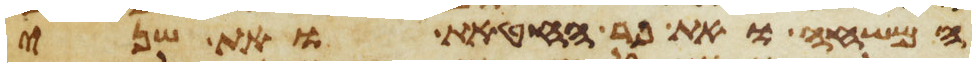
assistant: המשחה ואת פר החטאת ואת שני